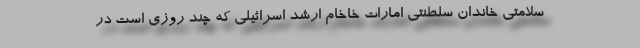
سلامتی خاندان سلطنتی امارات خاخام ارشد اسرائیلی که چند روزی است در